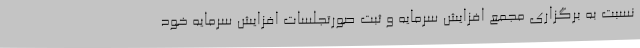
نسبت به برگزاری مجمع افزایش سرمایه و ثبت صورتجلسات افزایش سرمایه خود